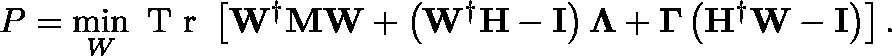
P = \operatorname* { m i n } _ { W } \mathrm { ~ T ~ r ~ } \left[ \mathbf { W } ^ { \dagger } \mathbf { M } \mathbf { W } + \left( \mathbf { W } ^ { \dagger } \mathbf { H } - \mathbf { I } \right) \mathbf { \Lambda } + \mathbf { \Gamma } \left( \mathbf { H } ^ { \dagger } \mathbf { W } - \mathbf { I } \right) \right] .